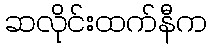
ဆလိုင်းထက်နီက